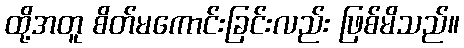
ထို့အတူ စိတ်မကောင်းခြင်းလည်း ဖြစ်မိသည်။